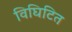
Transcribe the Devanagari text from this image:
विघिटित